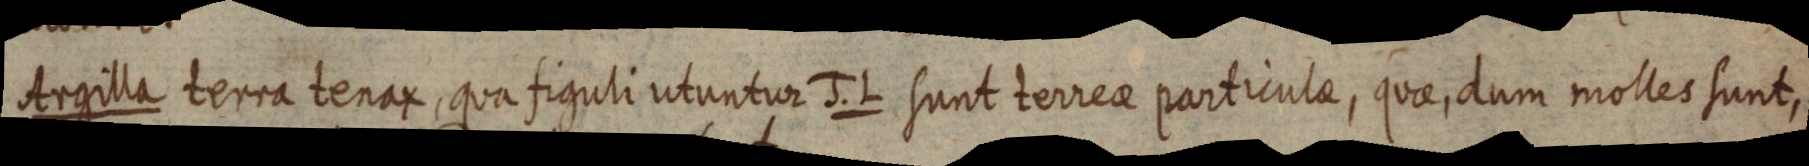
Argilla terra tenax, qua figuli utuntur J. L sunt terreae particulae, quae, dum molles sunt,